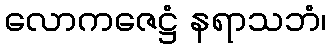
လောကဇေဋ္ဌံ နရာသဘံ၊